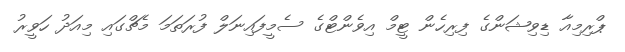
ޕްރިމިއާ ޑިވިޝަންގެ ފިރިހެން ޓީމް އިވެންޓްގެ ސެމީފައިނަލް ފުރަތަމަ މެޗްގައި މިއަދު ހަވީރު